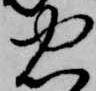
忠